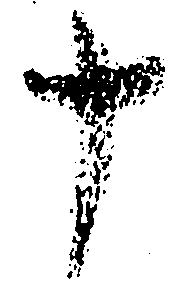
十